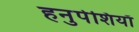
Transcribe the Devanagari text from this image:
हनुपेशियाँ